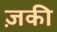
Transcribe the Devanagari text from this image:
ज़की